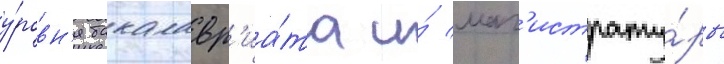
у́ровн'я бакалавр'иа́та и́ маг'истрату́ры